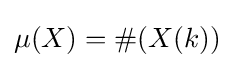
\mu (X)=\#(X(k))